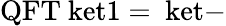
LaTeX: \mathrm{{QFT}\ ket{1}=\ ket{-}}